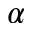
\alpha